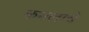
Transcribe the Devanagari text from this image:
कमलाचे